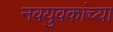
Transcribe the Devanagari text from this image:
नवयुवकांच्या